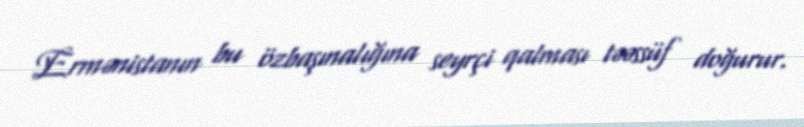
Ermənistanın bu özbaşınalığına seyrçi qalması təəssüf doğurur.